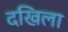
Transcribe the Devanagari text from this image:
दखिला